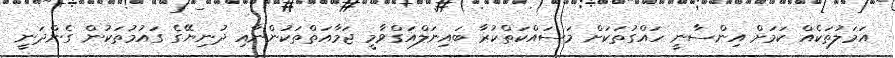
އަމަލުތަކެއް ކަމަށް އިންސާނީ ހައްގުތަކަށް މަސައްކަތްކުރާ ބައިނަލްއަގްވާމީ ޖަމާއަތްތަކުންނާއި ދުނިޔޭގެ ގައުމުތަކުން ގެންދަނީ